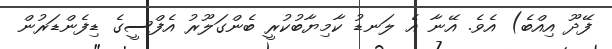
ފޭދޫ އިއްބެ) އެވެ. އޭނާ އެ ލަނޑު ކާމިޔާބުކުރީ ބެންގަލޫރު އެފްސީގެ ޑިފެންޑަރުން